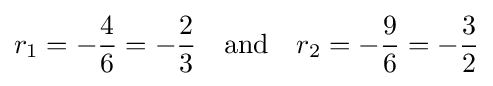
r_{1}=-{\frac {4}{6}}=-{\frac {2}{3}}\quad {\text{and}}\quad r_{2}=-{\frac {9}{6}}=-{\frac {3}{2}}